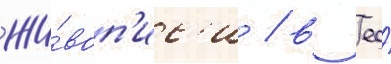
жи́воп'ис'и / в ео́